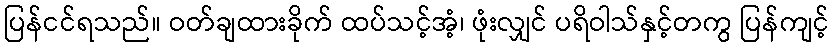
ပြန်ငင်ရသည်။ ဝတ်ချထားခိုက် ထပ်သင့်အံ့၊ ဖုံးလျှင် ပရိဝါသ်နှင့်တကွ ပြန်ကျင့်